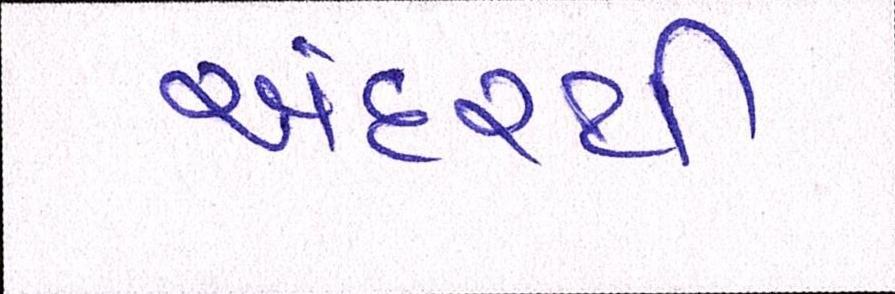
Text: અંદરથી